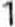
1